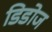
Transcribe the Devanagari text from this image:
डिडोज